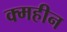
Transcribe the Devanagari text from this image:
क्महीन